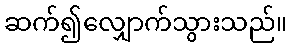
ဆက်၍လျှောက်သွားသည်။